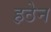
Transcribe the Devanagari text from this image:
हठेन